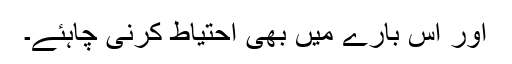
اور اس بارے میں بھی احتیاط کرنی چاہئے۔